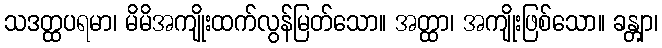
သဒတ္ထပရမာ၊ မိမိအကျိုးထက်လွန်မြတ်သော။ အတ္ထာ၊ အကျိုးဖြစ်သော။ ခန္တျာ၊